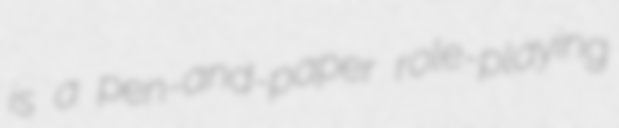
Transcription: is a pen-and-paper role-playing